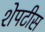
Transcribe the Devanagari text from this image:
शेपटीस